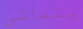
يتماشى